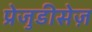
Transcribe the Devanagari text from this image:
प्रेजुडीसेज़